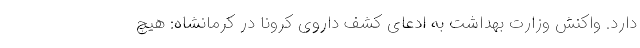
دارد. واکنش وزارت بهداشت به ادعای کشف داروی کرونا در کرمانشاه: هیچ